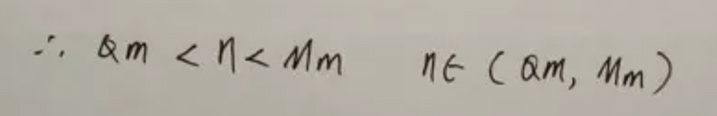
\[\therefore \alpha m<\eta < Mm\quad \eta\in(\alpha m,Mm)\]